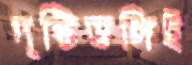
দৃষ্টিভঙ্গিই